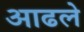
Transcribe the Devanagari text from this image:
आढले